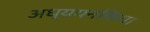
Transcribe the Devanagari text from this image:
अध्ययनकिया